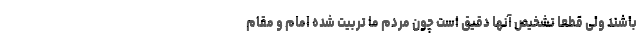
باشند ولی قطعا تشخیص آنها دقیق است چون مردم ما تربیت شده امام و مقام